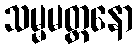
သမ္မမတ္တနော